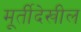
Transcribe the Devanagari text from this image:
मूर्तीदेखील